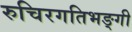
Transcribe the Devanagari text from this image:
रुचिरगतिभङ्गी